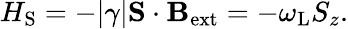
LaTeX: H_{\mathrm{S}}=-|\gamma|\mathbf{S}\cdot\mathbf{B}_{\mathrm{ext}}=-\omega_{\mathrm{L}}S_{z}.